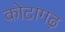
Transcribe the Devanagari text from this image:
कोटागढ़